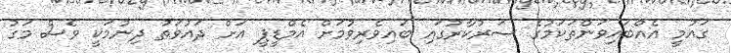
ގައުމީ އެއްބައިވަންތަކަމުގެ ސަރުކާރުގައި ބައިވެރިވުމަށް އެމްޑީޕީ އަށް ދައުވަތު ދިނުމަކީ ވެސް މަގު